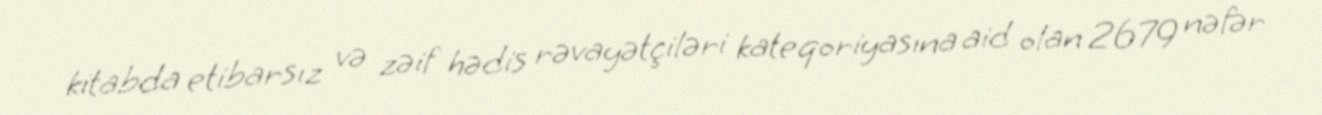
kitabda etibarsız və zəif hədis rəvayətçiləri kateqoriyasına aid olan 2679 nəfər